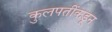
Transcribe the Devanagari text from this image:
कुलपतींकडून